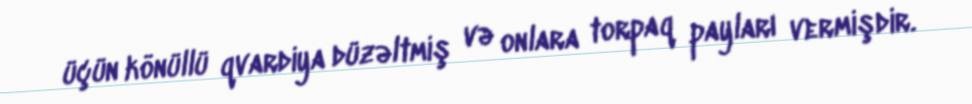
üçün könüllü qvardiya düzəltmiş və onlara torpaq payları vermişdir.